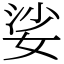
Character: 娑